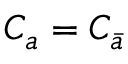
C _ { a } = C _ { \bar { a } }